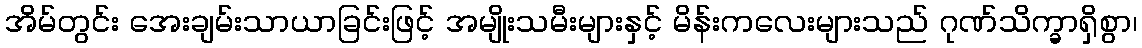
အိမ်တွင်း အေးချမ်းသာယာခြင်းဖြင့် အမျိုးသမီးများနှင့် မိန်းကလေးများသည် ဂုဏ်သိက္ခာရှိစွာ၊